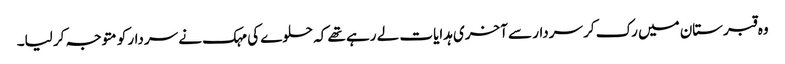
وہ قبرستان میں رک کر سردار سے آخری ہدایات لے رہے تھے کہ حلوے کی مہک نے سردار کو متوجہ کر لیا۔